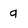
Character: g